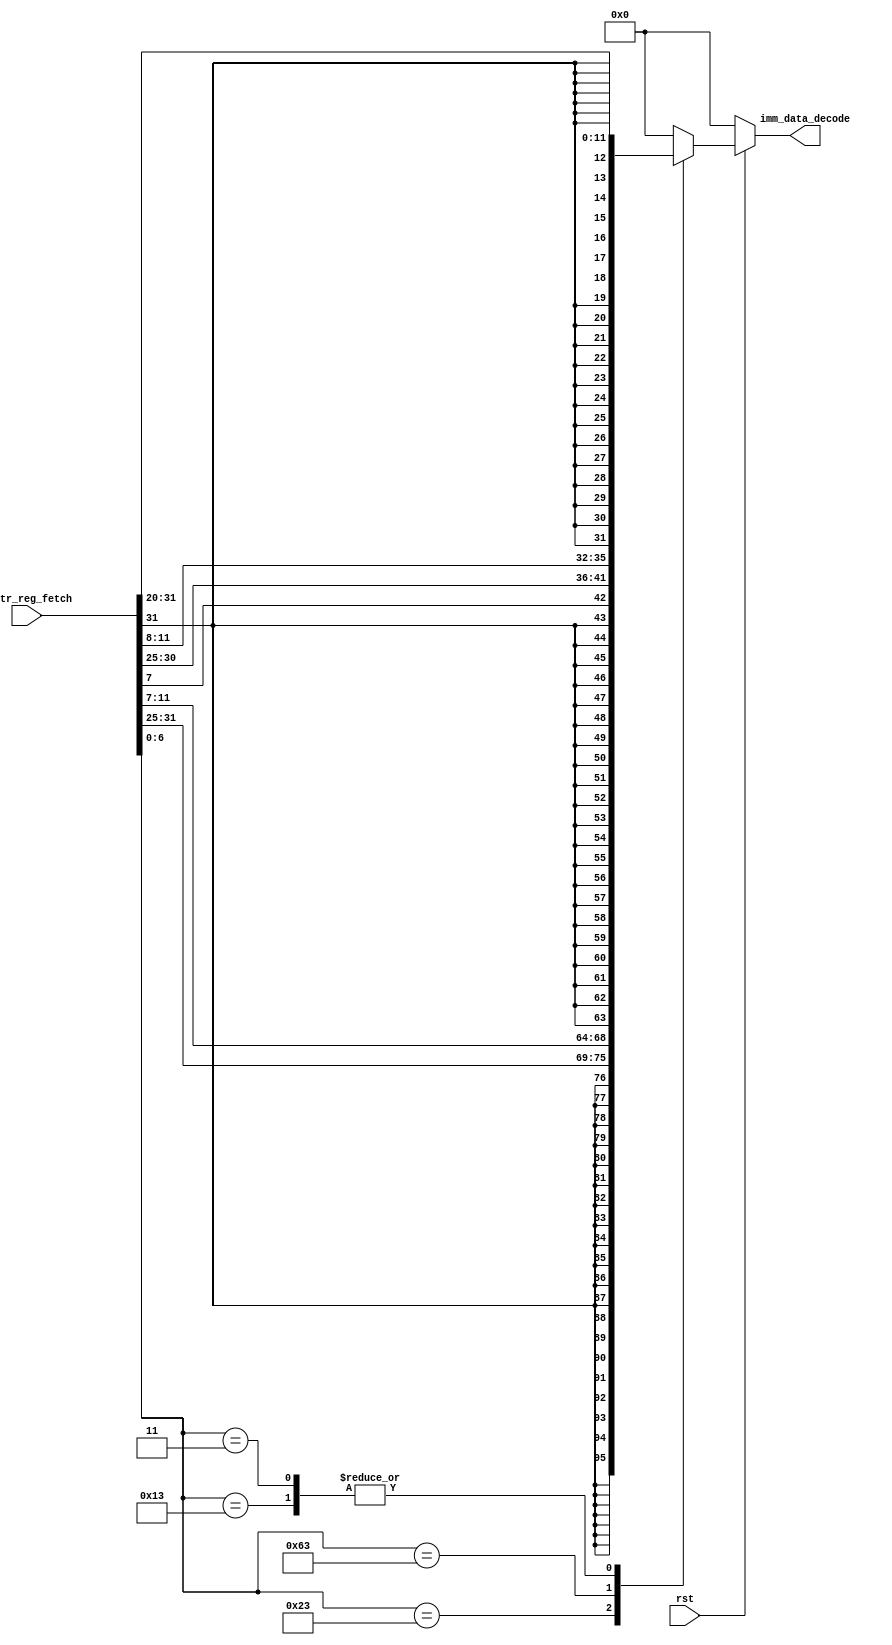
// This program was cloned from: https://github.com/chandana38/RISCVerse
// License: MIT License


module sign_extension(
input rst,
input [31:0] instr_reg_fetch,
output reg [31:0] imm_data_decode);

parameter r_type = 7'b0110011;
parameter i_type = 7'b0010011;
parameter b_type = 7'b1100011;
parameter s_type = 7'b0100011;
parameter l_type = 7'b0000011;

always@(*)
begin
	if(!rst)
		begin
			imm_data_decode = 32'h0;
		end
	else
		begin
			case(instr_reg_fetch[6:0])
			r_type: imm_data_decode = 32'h0; //no imm data 
		        i_type: imm_data_decode = {{20{instr_reg_fetch[31]}},instr_reg_fetch[31:20]};
		        s_type: imm_data_decode = {{20{instr_reg_fetch[31]}},instr_reg_fetch[31:25],instr_reg_fetch[11:7]};
			b_type: imm_data_decode  = {{20{instr_reg_fetch[31]}},instr_reg_fetch[31],instr_reg_fetch[7],instr_reg_fetch[30:25],instr_reg_fetch[11:8]};		
		        l_type:  imm_data_decode = {{20{instr_reg_fetch[31]}},instr_reg_fetch[31:20]};
			default: imm_data_decode = 32'h0;
			endcase
		end
end

endmodule